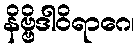
နိဗ္ဗိဒါဝိရာဂေ၊